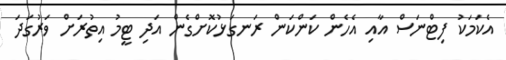
އެކަމަކު ފިޓްނަސް އާއި އެހެން ކަންކަން ރަނގަޅުކޮށްގެން އަދި ޓީމު އިތުރަށް ވަރުގަދަ